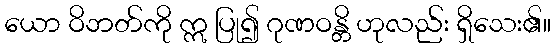
ယော ဝိဘတ်ကို ဣ ပြု၍ ဂုဏဝန္တိ ဟုလည်း ရှိသေး၏။